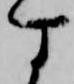
す